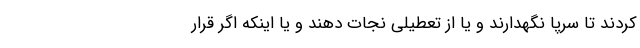
کردند تا سرپا نگهدارند و یا از تعطیلی نجات دهند و یا اینکه اگر قرار